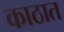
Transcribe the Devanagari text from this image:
काठात